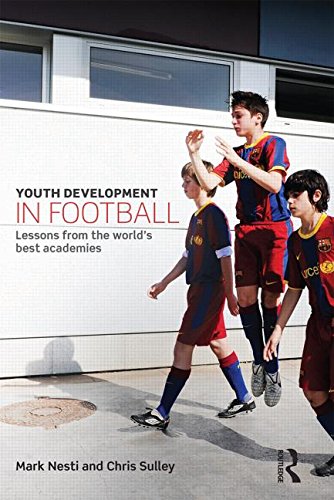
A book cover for Youth Development in Football: Lessons from the world's best academies; Mark Nesti; Sports & Outdoors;